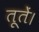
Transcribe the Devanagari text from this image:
तूतें।